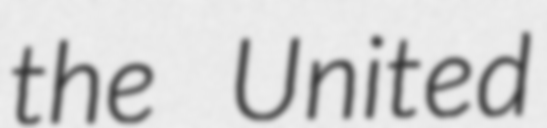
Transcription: the United